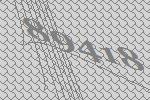
89418